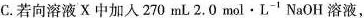
C.若向溶液X中加入270mL2.0mol·L^{-1}NaOH溶液，